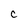
Character: C